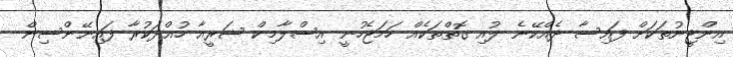
އިންޖީނުތަކަށް ފައިސާ ދެއްކޭނެ ލުއި ގޮތްތަކެއް ހަމަޖެހުނީ އިސްލާމިކް ޝަރީއާ ހުއްދަކުރާ ފައިނޭންސިން